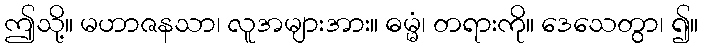
ဤသို့။ မဟာဇနသာ၊ လူအများအား။ ဓမ္မံ၊ တရားကို။ ဒေသေတွာ၊ ၍။